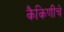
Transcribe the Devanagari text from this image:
कैकिणींचे